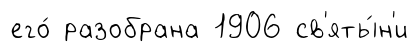
его́ разобрана 1906 св'яты́н'и